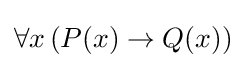
\forall x\,(P(x)\rightarrow Q(x))